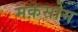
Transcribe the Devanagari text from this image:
मक़सोम